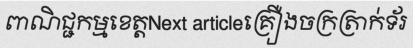
ពាណិជ្ជកម្មខេត្តNext articleគ្រឿងចក្រត្រាក់ទ័រ